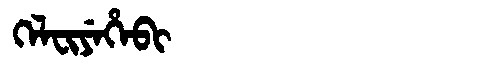
Manchu: ᡴᡝᠯᠸᡳᠶᡝᡥᡝᠪᡳ
Romanization: KELFIYEHEBI